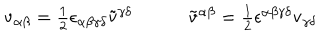
\begin{array} { c c } { { \mathrm { v } _ { \alpha \beta } = \textstyle { \frac { 1 } { 2 } } \epsilon _ { \alpha \beta \gamma \delta } \tilde { \mathrm { v } } ^ { \gamma \delta } ~ } } & { { ~ \tilde { \mathrm { v } } ^ { \alpha \beta } = \textstyle { \frac { 1 } { 2 } } \epsilon ^ { \alpha \beta \gamma \delta } \mathrm { v } _ { \gamma \delta } } } \\ \end{array}